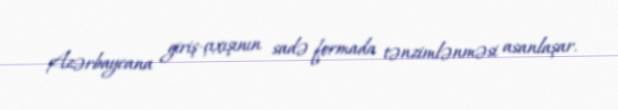
Azərbaycana giriş-çıxışının sadə formada tənzimlənməsi asanlaşar.